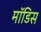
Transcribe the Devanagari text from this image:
मॉडिस